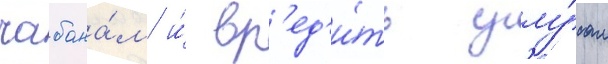
чабана́м и́ вр'ед'и́ть улу́сам